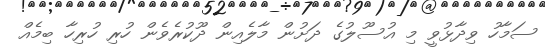
ސަމާހު ވިދާޅުވީ މި އުސޫލުގެ ދަށުން މާލެއިން ދޫކުރެވެން ހުރި ހުރިހާ ބިމެއް